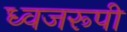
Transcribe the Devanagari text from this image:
ध्वजरूपी